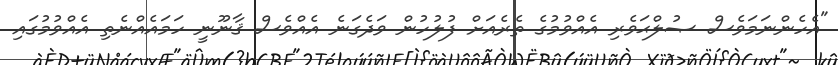
"އެހެންނަމަވެސް ޞުލްޙަވެރި އެއްވުމުގެ ތެރެއަށް ފުލުހުން ވަދެގަނެ އެއްވެސް ޤާނޫނީ ހަމައެއްނެތި އެއްވުމުގައި